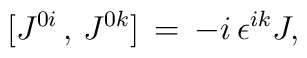
[J^{0i}\,,\,J^{0k}]\,=\,-i\,\epsilon^{ik} J,